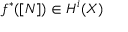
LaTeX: f ^ { * } ( [ N ] ) \in H ^ { i } ( X )